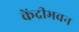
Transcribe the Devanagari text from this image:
केंद्रीभवन